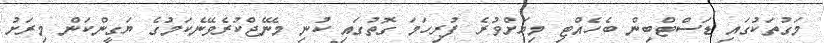
މަގުތަކުގައި ޑަސްޓްބިން ބެހެއްޓި މިޔަށްވުރެ ފުރިހަމަ ގޮތުގައި ކުނި މެނޭޖްކުރެވޭނެކަމުގެ ޔަގީންކަން މިރަށު